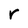
Character: r